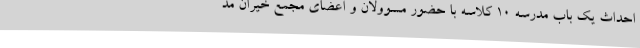
احداث یک باب مدرسه ۱۰ کلاسه با حضور مسوولان و اعضای مجمع خیران مد